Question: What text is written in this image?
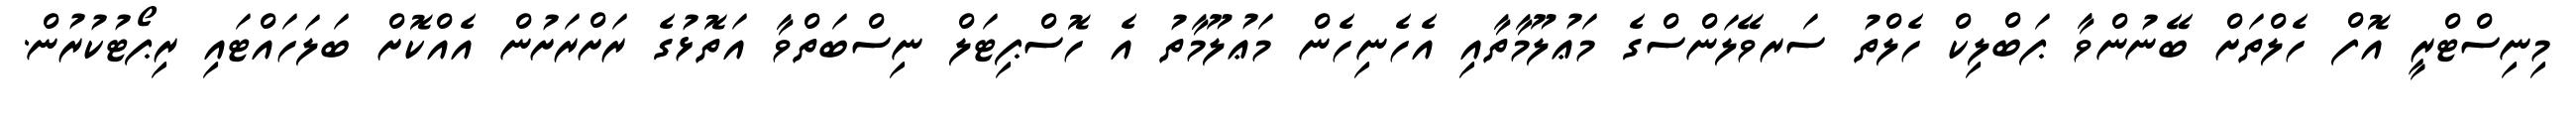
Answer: މިނިސްޓްރީ އޮފް ހެލްތަށް ބޭނުންވާ ޕަބްލިކް ހެލްތު ސަރވޭލަންސްގެ މަޢުލޫމާތާއި އެހެނިހެން މަޢުލޫމާތު އެ ހޮސްޕިޓަލް ނިސްބަތްވާ އަތޮޅުގެ ރަށްރަށުން އެއްކޮށް ބަލަހައްޓައި ރިޕޯޓުކުރުން.